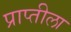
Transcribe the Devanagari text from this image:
प्राप्तीला